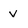
Character: v